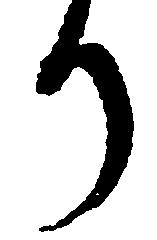
り